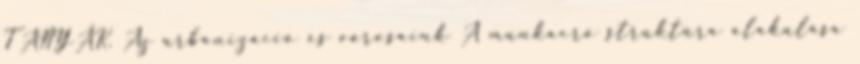
TANYÁK. Az urbanizáció és városaink A munkaerő struktúra alakulása